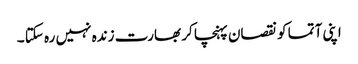
اپنی آتما کو نقصان پہنچا کر بھارت زندہ نہیں رہ سکتا ۔